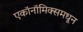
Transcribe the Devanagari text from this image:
एकॉनॉमिक्समधून